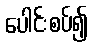
ပေါင်းစပ်၍